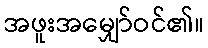
အဖူးအမျှော်ဝင်၏။